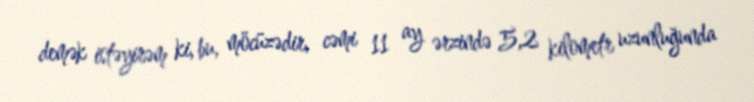
demək istəyirəm ki, bu, möcüzədir, cəmi 11 ay ərzində 5,2 kilometr uzunluğunda